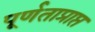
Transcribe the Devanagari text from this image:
पूर्णताप्राप्त